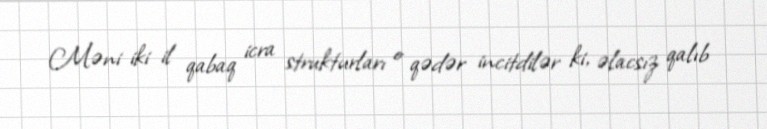
Məni iki il qabaq icra strukturları o qədər incitdilər ki, əlacsız qalıb